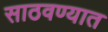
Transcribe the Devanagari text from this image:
साठवण्यात